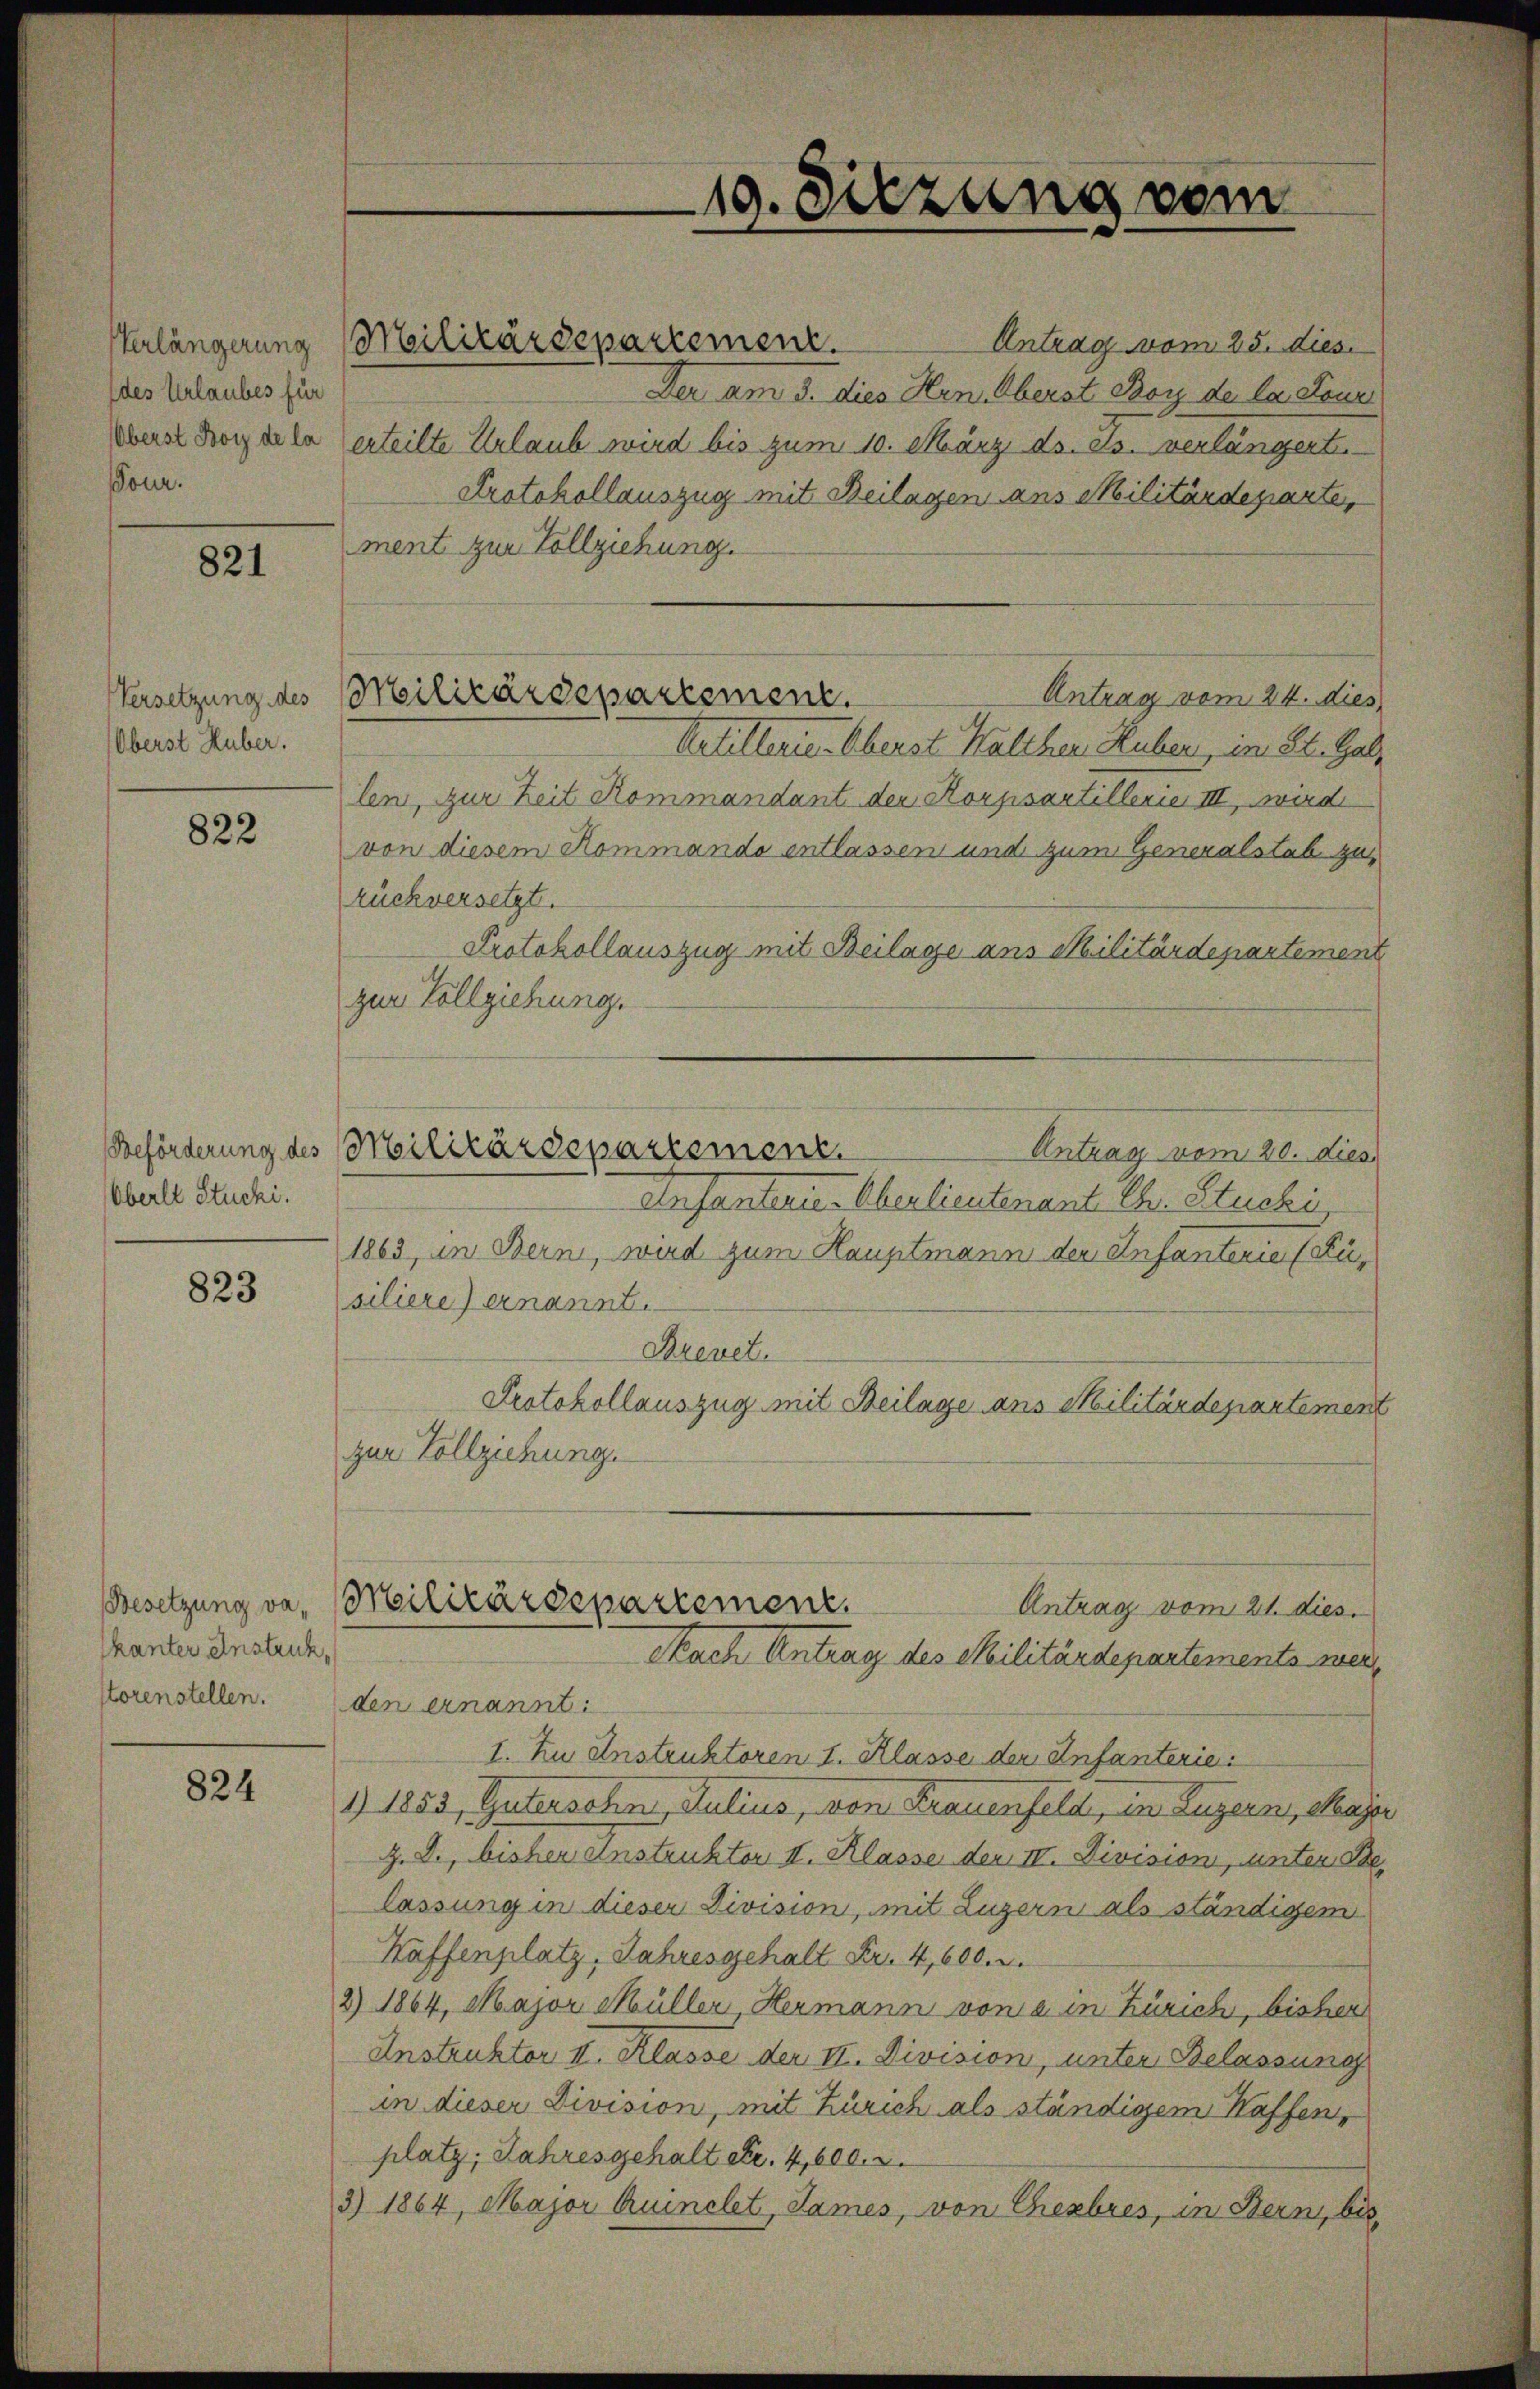
Verlängerung
(des Urlaubes für
Oberst Boy de la
Tour.

821

Versetzung des
Oberst Huber.

822

Oberle Stucki.

823

Besetzung vakanter Anstruk
storenstellen.

824

Militärdepartement.
Antrag vom 25. dies
Der am 5. dies Hrn. Oberst Boy de la Loui
erteilte Urlaub wird bis zum 10. März ds. ds. verlängerte
Protokollauszug mit Beilagen aus Militärdeparte,
ment zur Vollziehung.
Artillerie. Überst Walcher Huber, im St. Galz
len, zur Zeit Kommandant der Korpsartillerie III, wird
von diesem Kommando entlassen und zum Generalstab zu
ruchversetzt.
Protokollauszug mit Beilage ans Militärdepartement
zur Vollziehung.
Anfanterie-Oberlieutenant Ch. Stucki
1863, in Bern, wird zum Hauptmann der Infanterie (Füsiliere) ernannt.
Brevet.
Protokollauszug mit Beilage ans Militärdepartement
zur Vollziehung.
Militärdepartement.
Antrag vom 21. dies.
Nach Antrag des Militärdepartements mer
den ernannt:
I. Zu Anstruktoren I. Klasse der Anfanterie
1) 1853, Guterschn, Julius, von Frauenfeld, in Luzern, Maje
Z. D., bisher Instruktor II. Klasse den II. Division, unter Be
lassung in dieser Division, mit Luzern als ständigem
Haffenplatz, Jahresgehalt Fr. 4,600. r.
2) 1864, Major Müller, Hermann von a. in Zürich, bisher
Instruktor II. Klasse der II. Division, unter Belassung
in dieser Division, mit Zürich als ständigem Kaffen,
platz, Jahresgehalt er. 4,600. 2.
3) 1864, Major Quinclet, James, von Cherbres, in Bern, bis

19. Sitzung vom

Militärdepartement.
Antrag vom 24. dies

Beförderung des Militärdepartement.
Antrag vom 20. dies

e